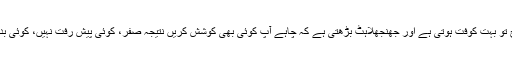
اِس طرح تو بہت کوفت ہوتی ہے اور جھنجھلاہٹ بڑھتی ہے کہ چاہے آپ کوئی بھی کوشش کریں نتیجہ صفر، کوئی پیش رفت نہیں، کوئی بدلاؤ نہیں۔